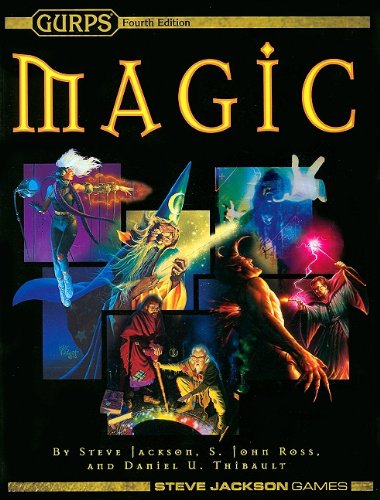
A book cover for GURPS Magic 4E Softcover; Science Fiction & Fantasy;